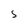
Character: S